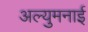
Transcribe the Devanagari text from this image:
अल्युमनाई